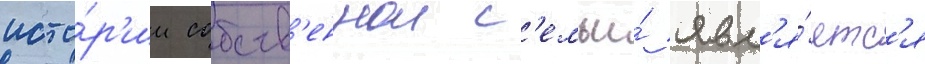
исто́р'ии собств'еннои с'емьи́ явл'я́етс'я